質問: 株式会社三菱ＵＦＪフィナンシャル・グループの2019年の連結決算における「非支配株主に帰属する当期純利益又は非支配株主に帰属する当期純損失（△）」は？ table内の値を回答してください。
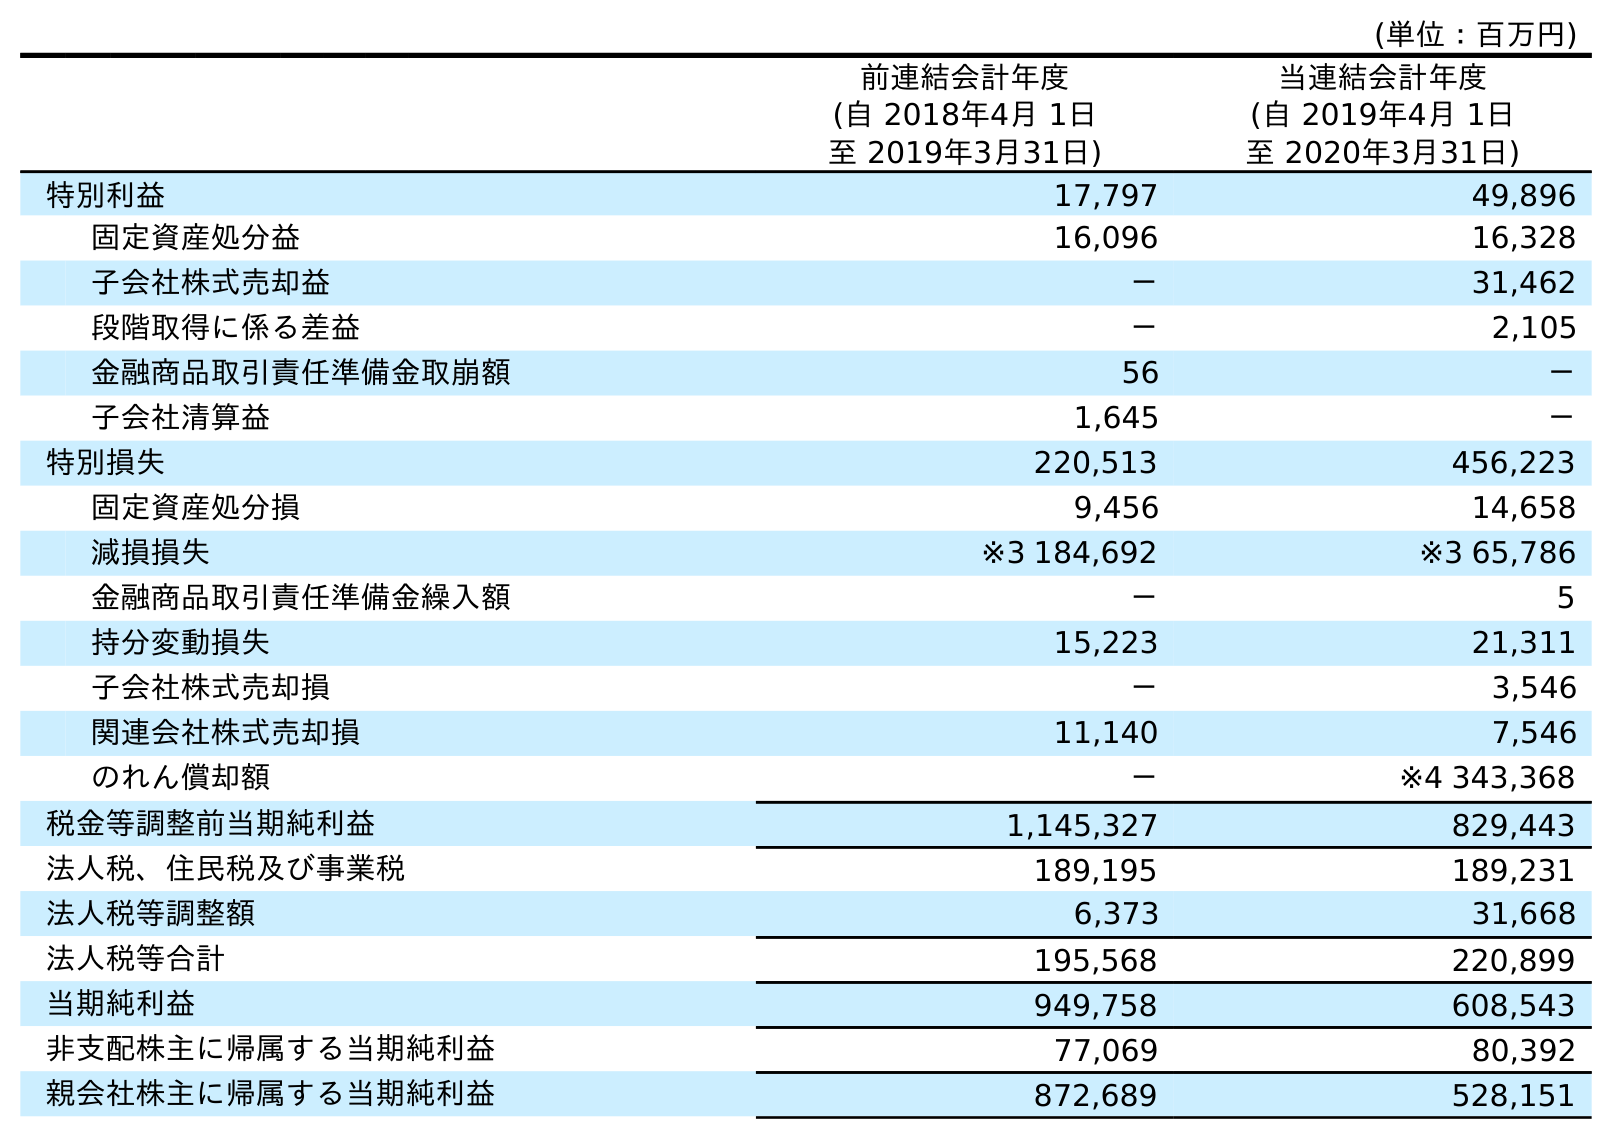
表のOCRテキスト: (単位：百万円) 前連結会計年度 (自 2018年4月 1日 至 2019年3月31日) 当連結会計年度 (自 2019年4月 1日 至 2020年3月31日) 特別利益 17,797 49,896 固定資産処分益 16,096 16,328 子会社株式売却益 － 31,462 段階取得に係る差益 － 2,105 金融商品取引責任準備金取崩額 56 － 子会社清算益 1,645 － 特別損失 220,513 456,223 固定資産処分損 9,456 14,658 減損損失 ※3 184,692 ※3 65,786 金融商品取引責任準備金繰入額 － 5 持分変動損失 15,223 21,311 子会社株式売却損 － 3,546 関連会社株式売却損 11,140 7,546 のれん償却額 － ※4 343,368 税金等調整前当期純利益 1,145,327 829,443 法人税、住民税及び事業税 189,195 189,231 法人税等調整額 6,373 31,668 法人税等合計 195,568 220,899 当期純利益 949,758 608,543 非支配株主に帰属する当期純利益 77,069 80,392 親会社株主に帰属する当期純利益 872,689 528,151
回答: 77,069